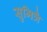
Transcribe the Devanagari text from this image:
सुमित्रै